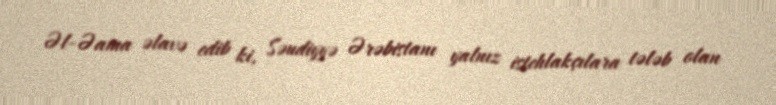
Əl-Əama əlavə edib ki, Səudiyyə Ərəbistanı yalnız istehlakçılara tələb olan